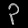
Digit: ၃